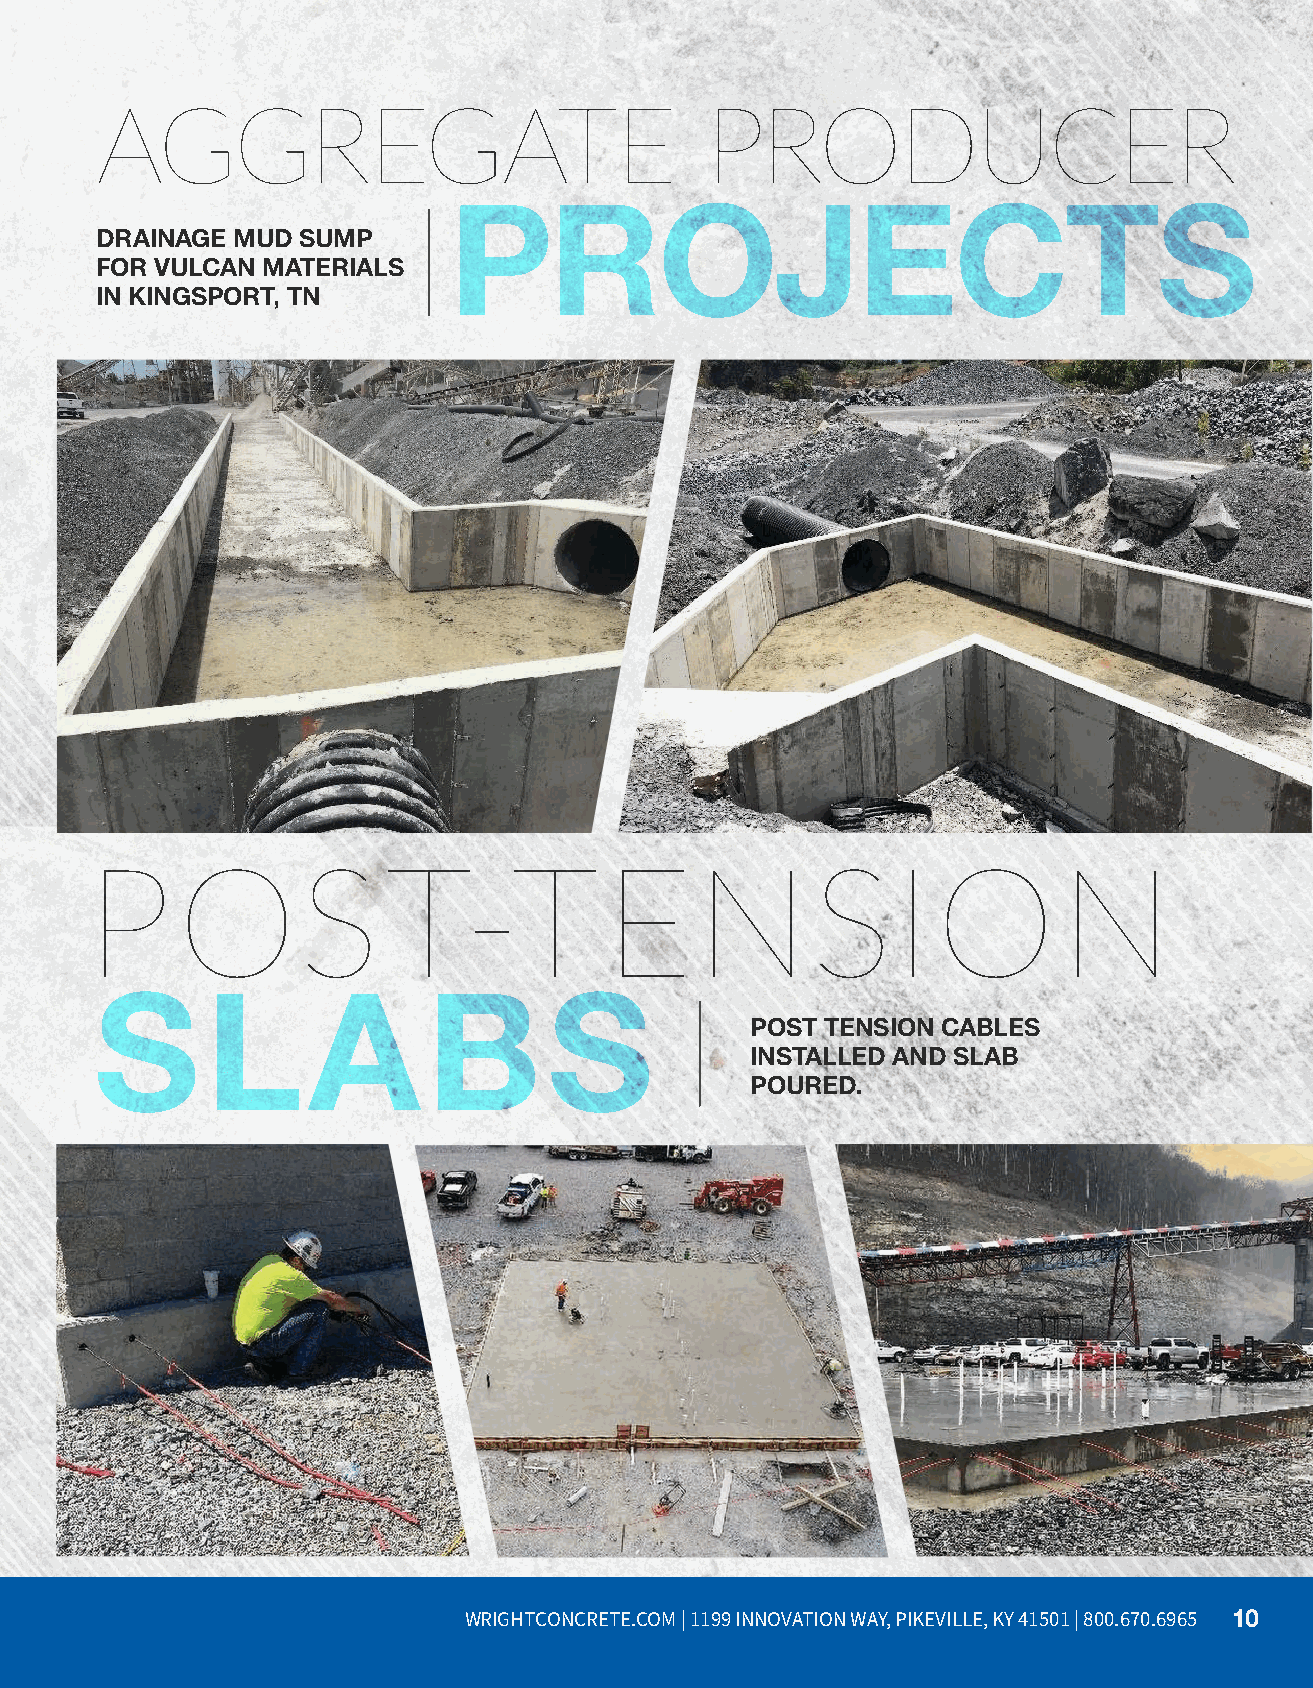
AGGREGATE                                PRODUCER
 PROJECTS
 DRAINAGE MUD  SUMP
 FOR VULCAN MATERIALS
 IN KINGSPORT, TN
 P     OST-TENSION
 ARMORFORM® OVERFLOW
 SPILLWAY
 S       L     A       B       S
 POST TENSION CABLES
 INSTALLED AND SLAB
 POURED.
 WRIGHTCONCRETE.COM | 1199 INNOVATION WAY, PIKEVILLE, KY 41501 | 800.670.6965 10